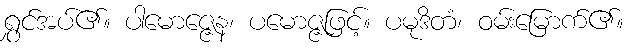
ရွှင်အပ်၏။ ပါမောဇ္ဇေန၊ ပမောဇ္ဇဖြင့်။ ပမုဒိတံ၊ ဝမ်းမြောက်၏။